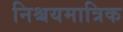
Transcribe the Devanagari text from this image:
निश्चयमात्रिक